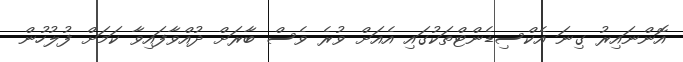
އޮންނައިރު ގިނަ އެކްސިޑެންޓްތަކުގައި އެއަށް ވުރެ ވެސް ބާރަށް ދުއްވާފައިވާ ކަމަށް ފުލުހުން